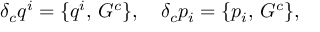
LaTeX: \delta _ { c } q ^ { i } = \{ q ^ { i } , \, G ^ { c } \} , \quad \delta _ { c } p _ { i } = \{ p _ { i } , \, G ^ { c } \} ,